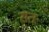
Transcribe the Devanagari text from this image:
सतः